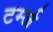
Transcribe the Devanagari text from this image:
टर्म्ज